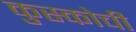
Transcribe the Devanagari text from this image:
कुस्कोची